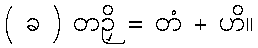
( ခ ) တဉှိ = တံ + ဟိ။